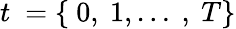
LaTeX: t~=\left\{ ~0,~1,\ldots~,~T\right\}